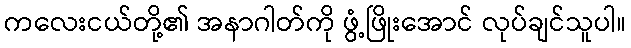
ကလေးငယ်တို့၏ အနာဂါတ်ကို ဖွံ့ဖြိုးအောင် လုပ်ချင်သူပါ။